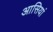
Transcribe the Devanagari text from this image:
आसियां